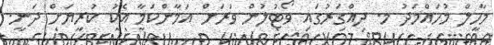
މާހިލް މުހައްމަދު މ. ދިއްގަރުގައި ވޯޓުލުން ވަރަށް އަމާންކަމާ އެކު ކުރިޔަށް ދަނީ.